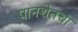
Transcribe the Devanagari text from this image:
पानशेतचा